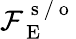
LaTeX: \mathcal{F}_{\mathrm{~E~}}^{\mathrm{~s~/~o~}}